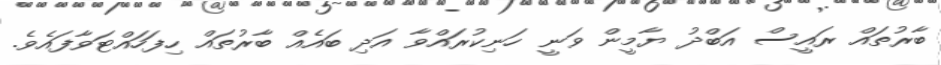
ބާރުތައް ރައީސް އަބްދު ޔާމީން ވަނީ ހަނިކުރައްވާ އަދި ބައެއް ބާރުތައް ހިފަހައްޓަވާފައެވެ.